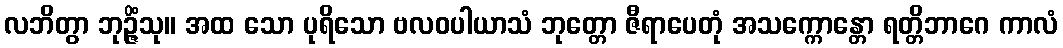
လဘိတွာ ဘုဉ္ဇိံသု။ အထ သော ပုရိသော ဗလဝပါယာသံ ဘုတ္တော ဇီရာပေတုံ အသက္ကောန္တော ရတ္တိဘာဂေ ကာလံ